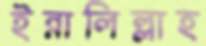
ইন্নালিল্লাহ